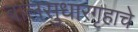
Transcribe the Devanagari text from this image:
बालसुधारगृहाचे